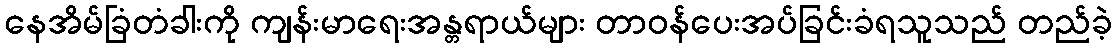
နေအိမ်ခြံတံခါးကို ကျန်းမာရေးအန္တရာယ်များ တာဝန်ပေးအပ်ခြင်းခံရသူသည် တည်ခဲ့